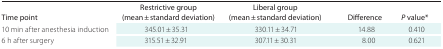
<table><thead><tr><td><b>Time point</b></td><td><b>Restrictive group (mean ± standard deviation)</b></td><td><b>Liberal group (mean ± standard deviation)</b></td><td><b>Difference</b></td><td><b><i>P</i> value*</b></td></tr></thead><tbody><tr><td>10 min after anesthesia induction</td><td>345.01 ± 35.31</td><td>330.11 ± 34.71</td><td>14.88</td><td>0.410</td></tr><tr><td>6 h after surgery</td><td>315.51 ± 32.91</td><td>307.11 ± 30.31</td><td>8.00</td><td>0.621</td></tr></tbody></table>